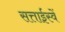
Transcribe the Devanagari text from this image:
सत्ताईस्वें